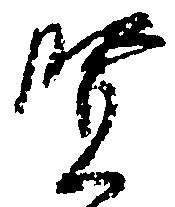
賢